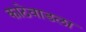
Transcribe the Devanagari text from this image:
काठेवाडला